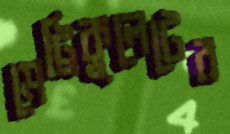
মেট্রিকুলেটের